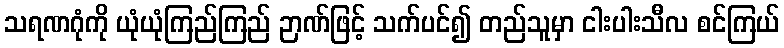
သရဏဂုံကို ယုံယုံကြည်ကြည် ဉာဏ်ဖြင့် သက်ပင်၍ တည်သူမှာ ငါးပါးသီလ စင်ကြယ်